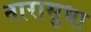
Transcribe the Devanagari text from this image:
तारासुधा